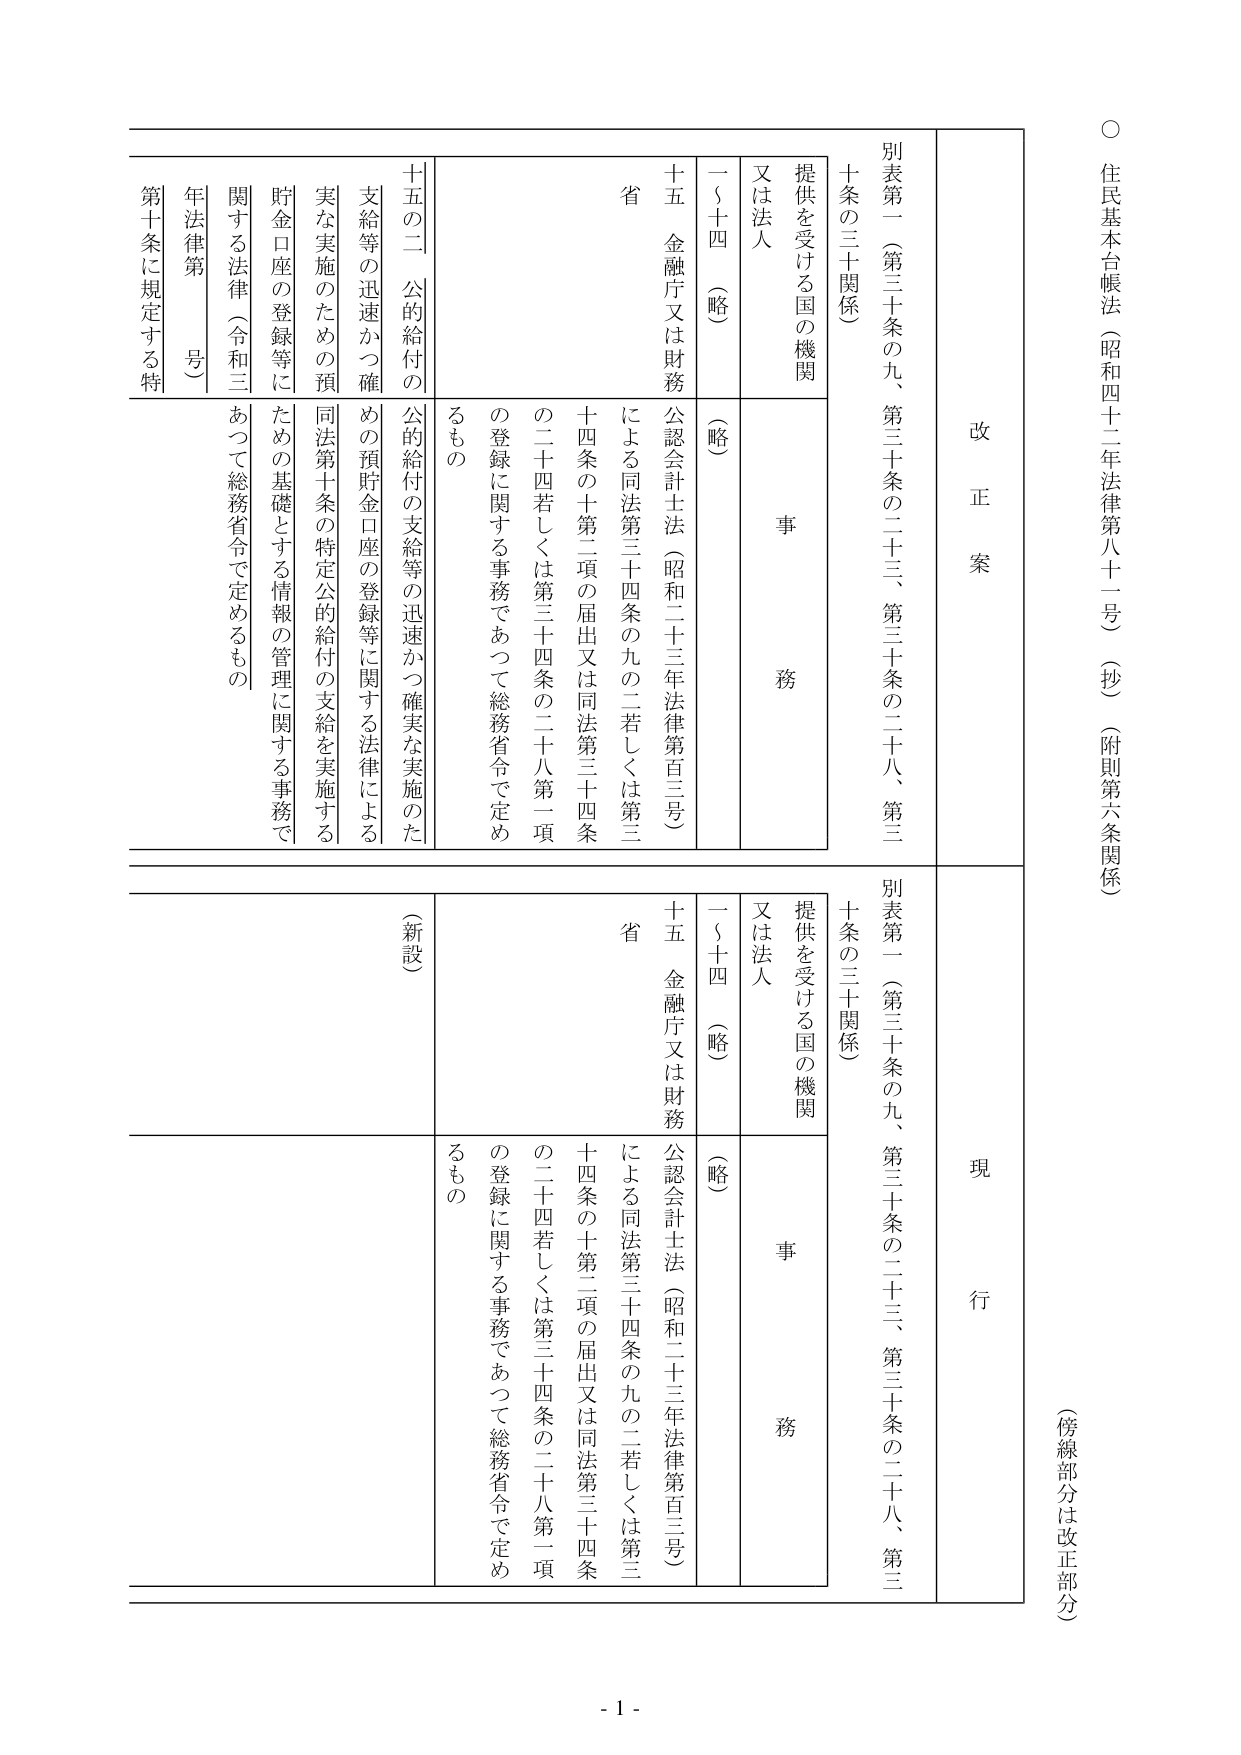
○ 住民基本台帳法（昭和四十二年法律第八十二号）（抄）（附則第六条関係）

（傍線部分は改正部分）

改正案

別表第一（第三十条の九、第三十条の二十三、第三十条の二十八、第三十条の三十関係）

提供を受ける国の機関又は法人

一～十四（略）

十五 金融庁又は財務省

公認会計士法（昭和二十三年法律第百三号）による同法第三十四条の九の二若しくは第三十四条の十第二項の届出又は同法第三十四条の二十四若しくは第三十四条の二十八第一項の登録に関する事務であつて総務省令で定めるもの

十五の二 公的給付の支給等の迅速かつ確実な実施のための預貯金口座の登録等に関する法律による同法第十条の特定公的給付の支給を実施するための基礎とする情報の管理に関する事務であつて総務省令で定めるもの

現行

別表第一（第三十条の九、第三十条の二十三、第三十条の二十八、第三十条の三十関係）

提供を受ける国の機関又は法人

一～十四（略）

十五 金融庁又は財務省

公認会計士法（昭和二十三年法律第百三号）による同法第三十四条の九の二若しくは第三十四条の十第二項の届出又は同法第三十四条の二十四若しくは第三十四条の二十八第一項の登録に関する事務であつて総務省令で定めるもの

（新設）

十五の二 公的給付の支給等の迅速かつ確実な実施のための預貯金口座の登録等に関する法律による同法第十条の特定公的給付の支給を実施するための基礎とする情報の管理に関する事務であつて総務省令で定めるもの

- 1 -